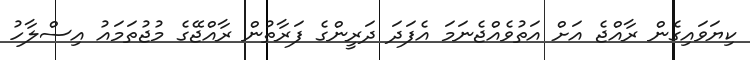
ކިޔަވައިގެން ރާއްޖެ އަށް އަތުވެއްޖެނަމަ އެފަދަ ދަރީންގެ ފަރާތުން ރާއްޖޭގެ މުޖުތަމައު އިސްލާހު